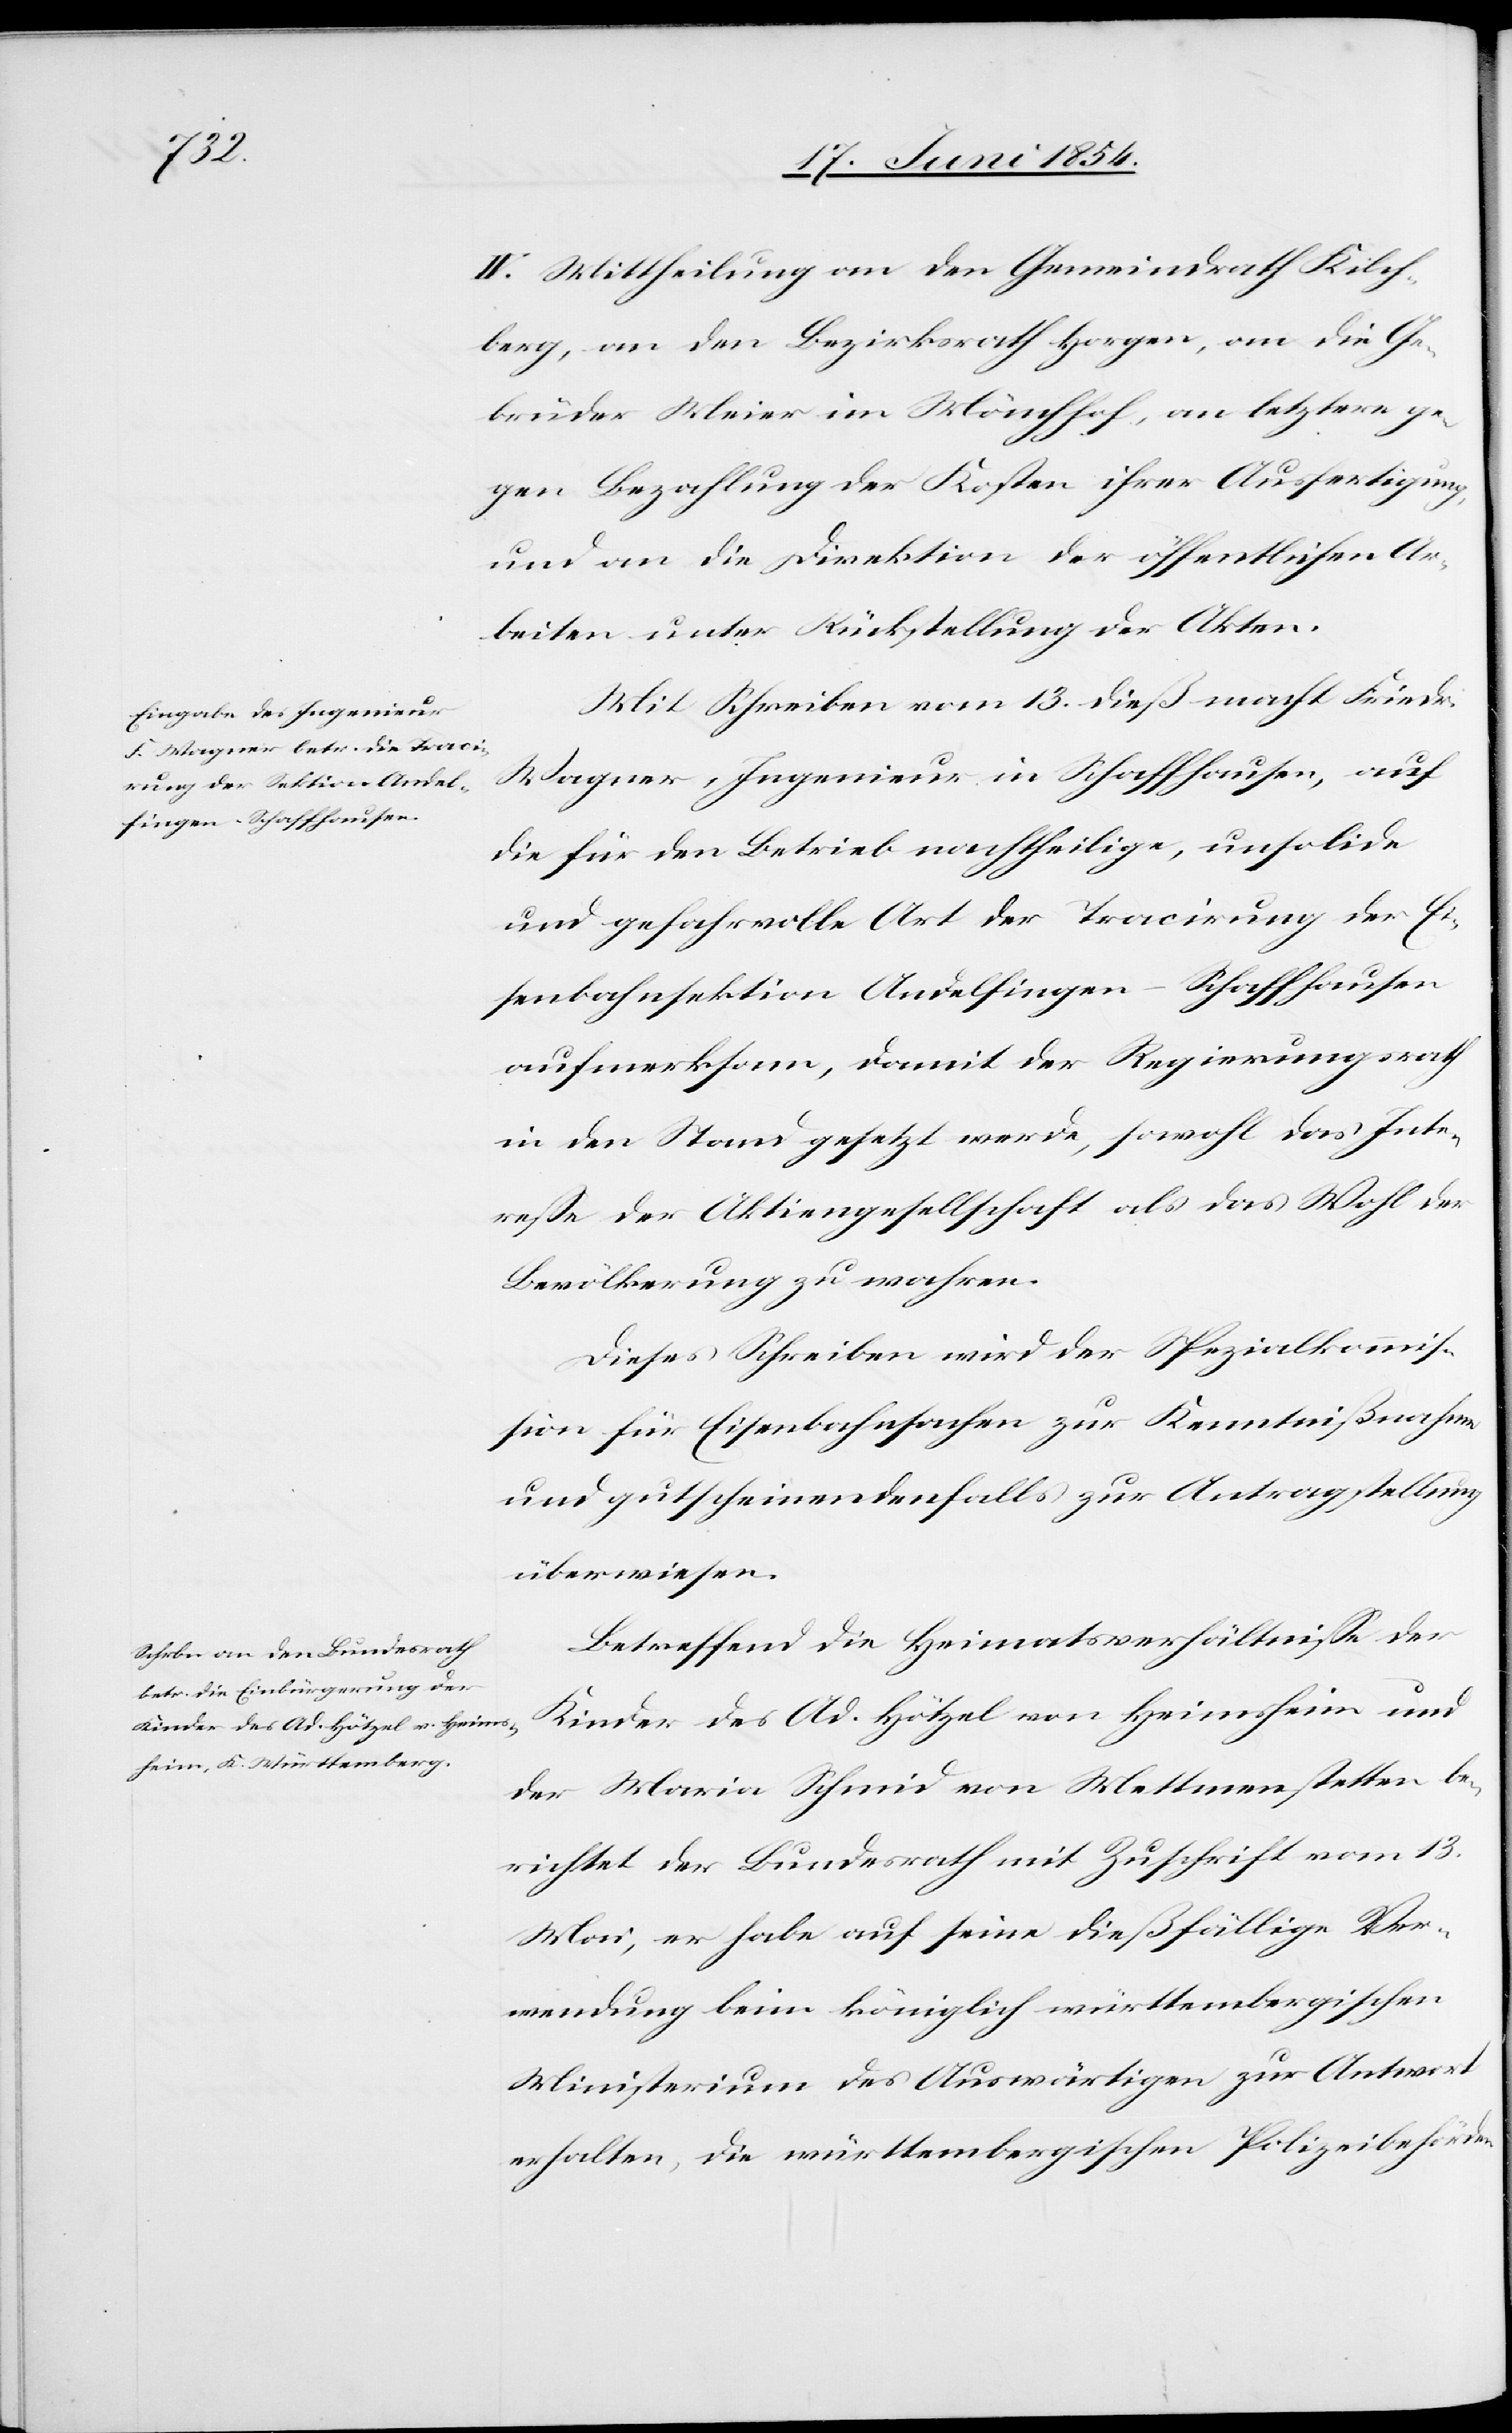
IV. Mittheilung an den Gemeindrath Kilch¬
berg, an den Bezirksrath Horgen, an die Ge¬
brüder Meier in Mönchhof, an letztere ge¬
gen Bezahlung der Kosten ihrer Ausfertigung,
und an die Direktion der öffentlichen Ar¬
beiten unter Rückstellung der Akten.
Mit Schreiben vom 13. dieß macht Friedr.
Wagner, Ingenieur in Schaffhausen, auf
die für den Betrieb nachtheilige, unsolide
und gefahrvolle Art der Tracirung der Ei¬
senbahnsektion Andelfingen-Schaffhausen
aufmerksam, damit der Regierungsrath
in den Stand gesetzt werde, sowohl das Inte¬
reße der Aktiengesellschaft als das Wohl der
Bevölkerung zu wahren.
Dieses Schreiben wird der Spezialkommiß¬
ion für Eisenbahnsachen zur Kenntnißnahme
und gutscheinendenfalls zur Antragstellung
überwiesen.
Betreffend die Heimatsverhältniße der
Kinder des Ad. Hötzel von Heimsheim und
der Maria Schmid von Mettmenstetten be¬
richtet der Bundesrath mit Zuschrift vom 13.
Mai, er habe auf seine dießfällige Ver¬
wendung beim königlich württembergischen
Ministerium des Auswärtigen zur Antwort
erhalten, die württembergischen Polizeibehörden